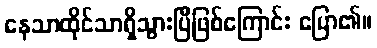
နေသာထိုင်သာရှိသွားပြီဖြစ်ကြောင်း ပြော၏။